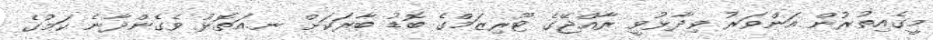
މީގެއިތުރުން އަންވަރު ވިދާޅުވީ ރާއްޖޭގެ ޓޫރިޒަމްގެ ބޮޑު ބާރަކަށް ނ.އަތޮޅު ވެގެންދާނެ ކަމުގެ